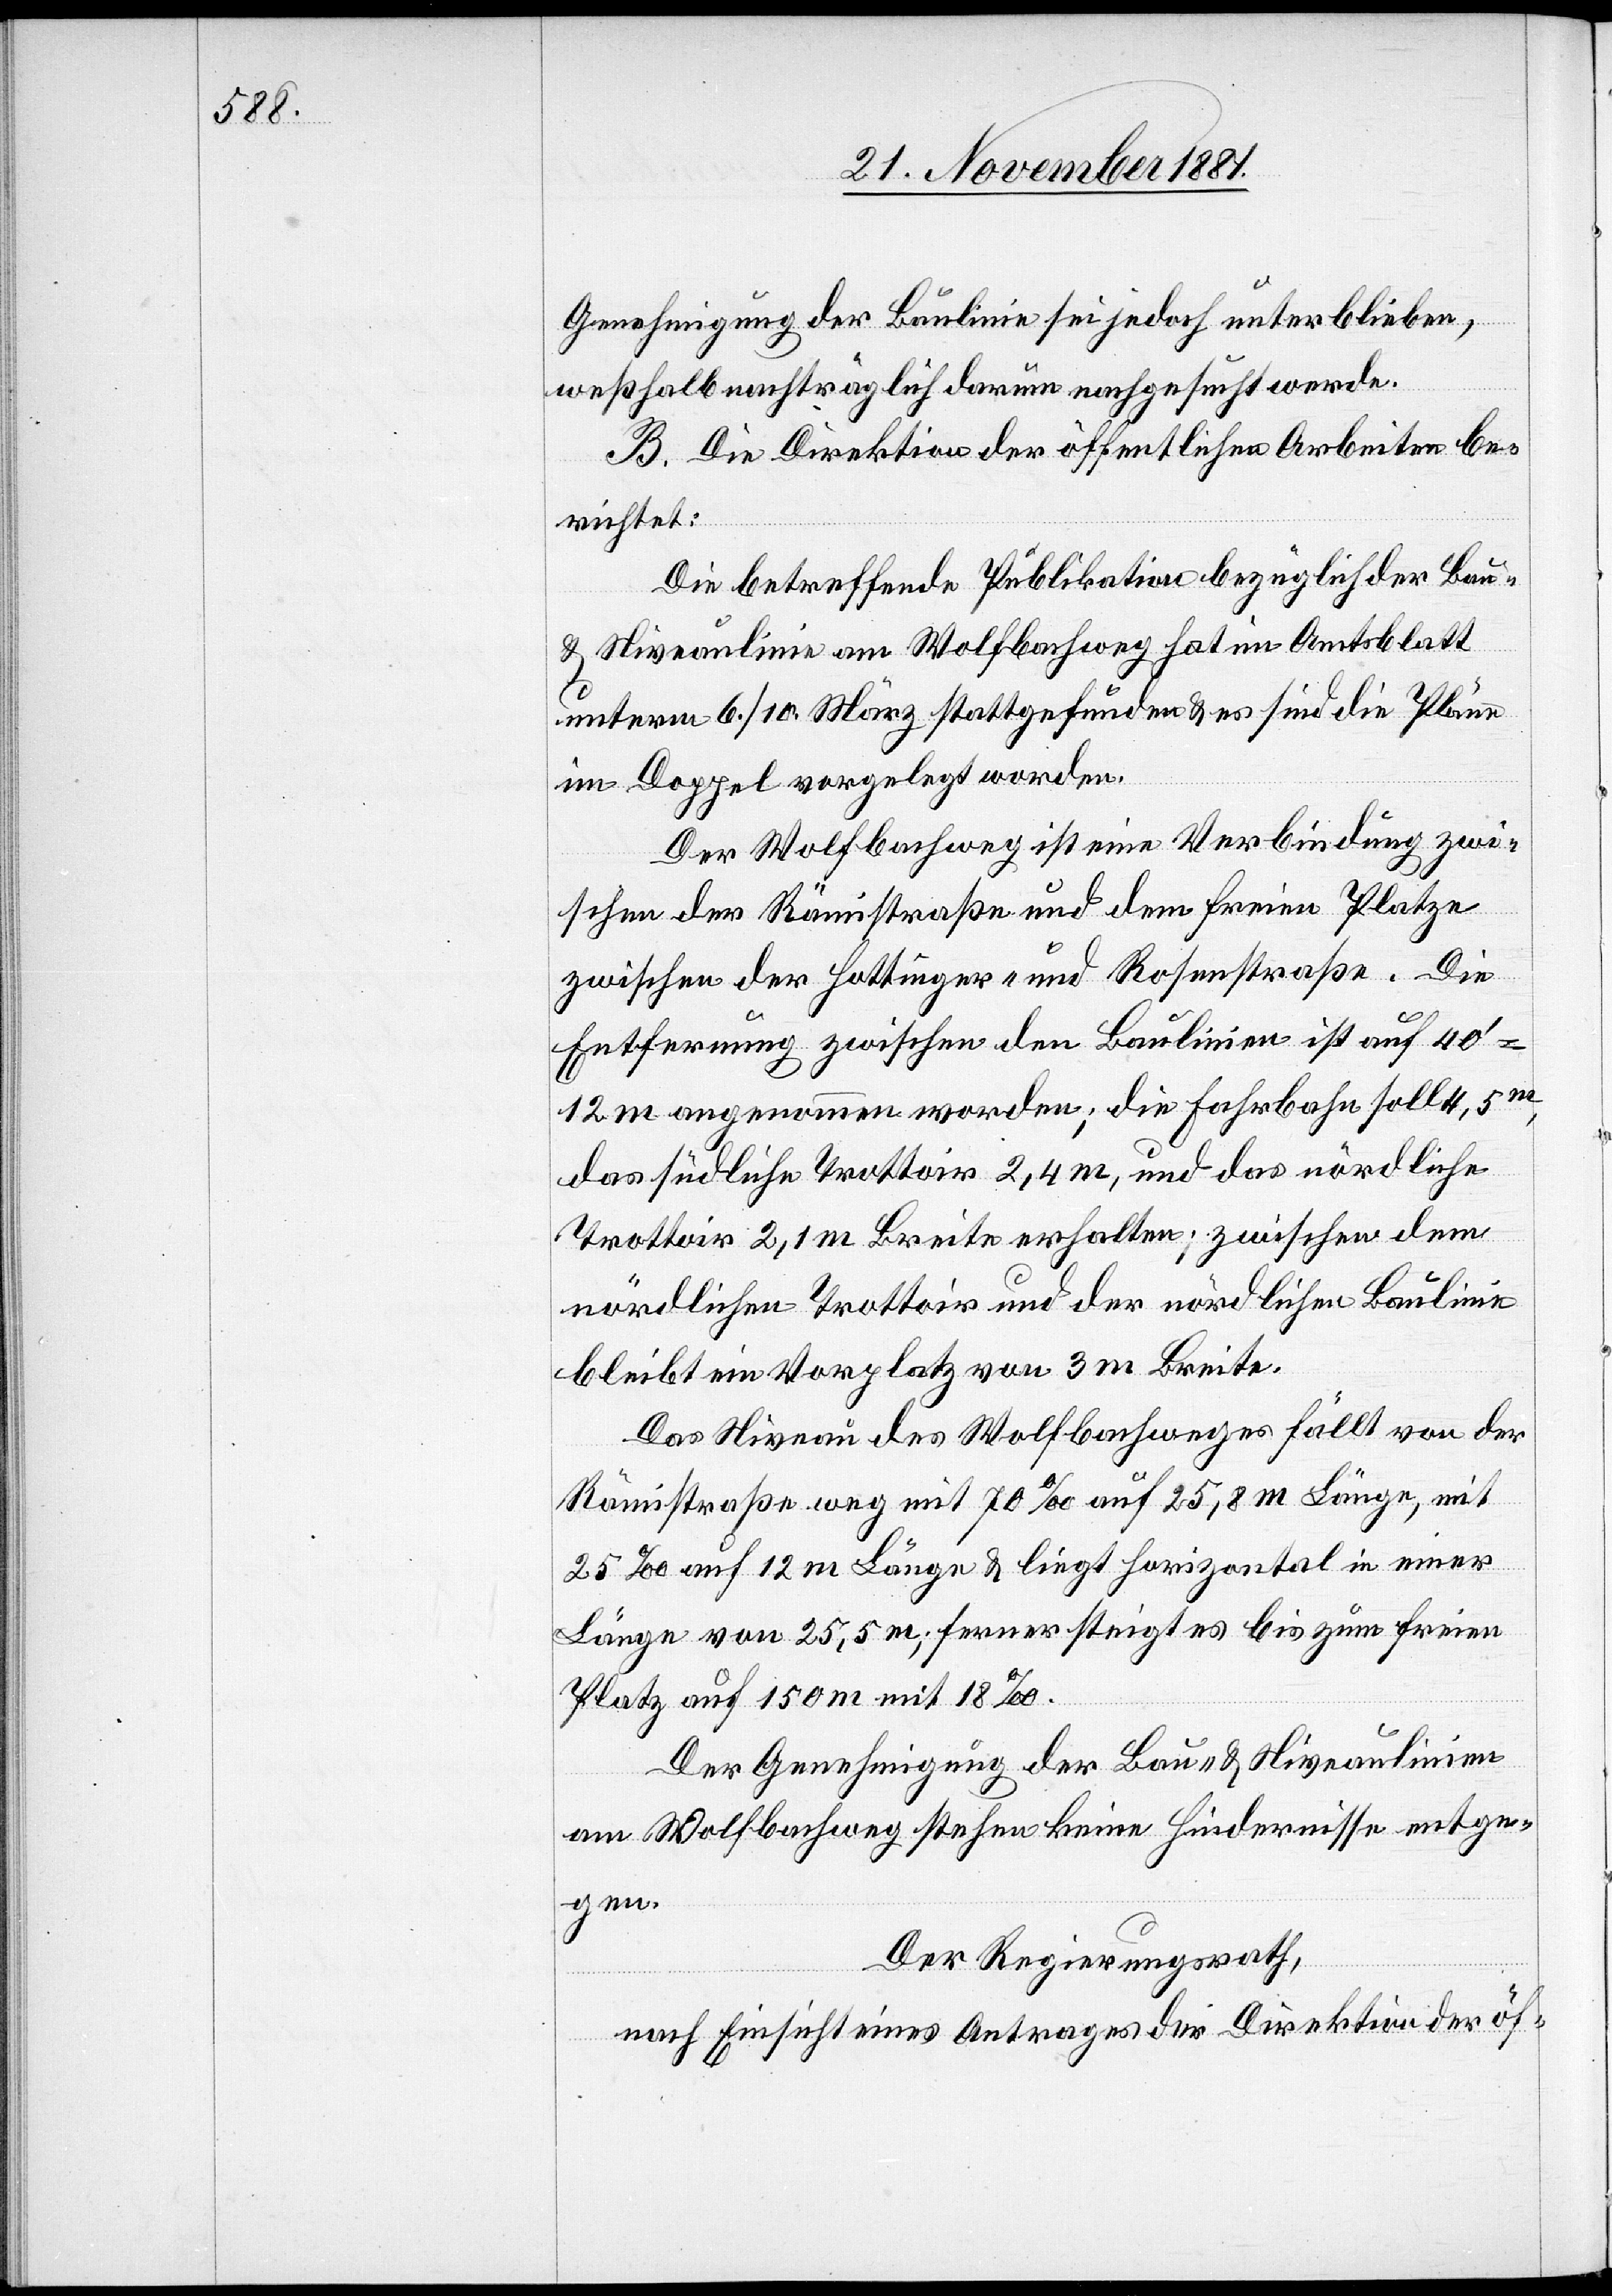
Genehmigung der Baulinie sei jedoch unterblieben,
weßhalb nachträglich darum nachgesucht werde.
B. Die Direktion der öffentlichen Arbeiten be¬
richtet:
Die betreffende Publikation bezüglich der Bau-
& Niveaulinie am Wolfbachweg hat im Amtsblatt
unterm 6./10. März stattgefunden & es sind die Pläne
im Doppel vorgelegt worden.
Der Wolfbachweg ist eine Verbindung zwi¬
schen der Rämistraße und dem freien Platze
zwischen der Hottinger- und Rosenstraße. Die
Entfernung zwischen den Baulinien ist auf 40‘
12 m angenommen worden; die Fahrbahn soll 4,5m,
das südliche Trottoir 2,4 m, und das nördliche
Trottoir 2,1 m Breite erhalten; zwischen dem
nördlichen Trottoir und der nördlichen Baulinie
bleibt ein Vorplatz von 3 m Breite.
Das Niveau des Wolfbachweges fällt von der
Rämistraße weg mit 70‰ auf 25,8 m Länge, mit
25‰ auf 12 m Länge & liegt horizontal in einer
Länge von 25,5 m; ferner steigt es bis zum freien
Platz auf 150 m mit 18‰.
Der Genehmigung der Bau- & Niveaulinien
am Wolfbachweg stehen keine Hindernisse entge¬
gen.
Der Regierungsrath,
nach Einsicht eines Antrages der Direktion der öf-